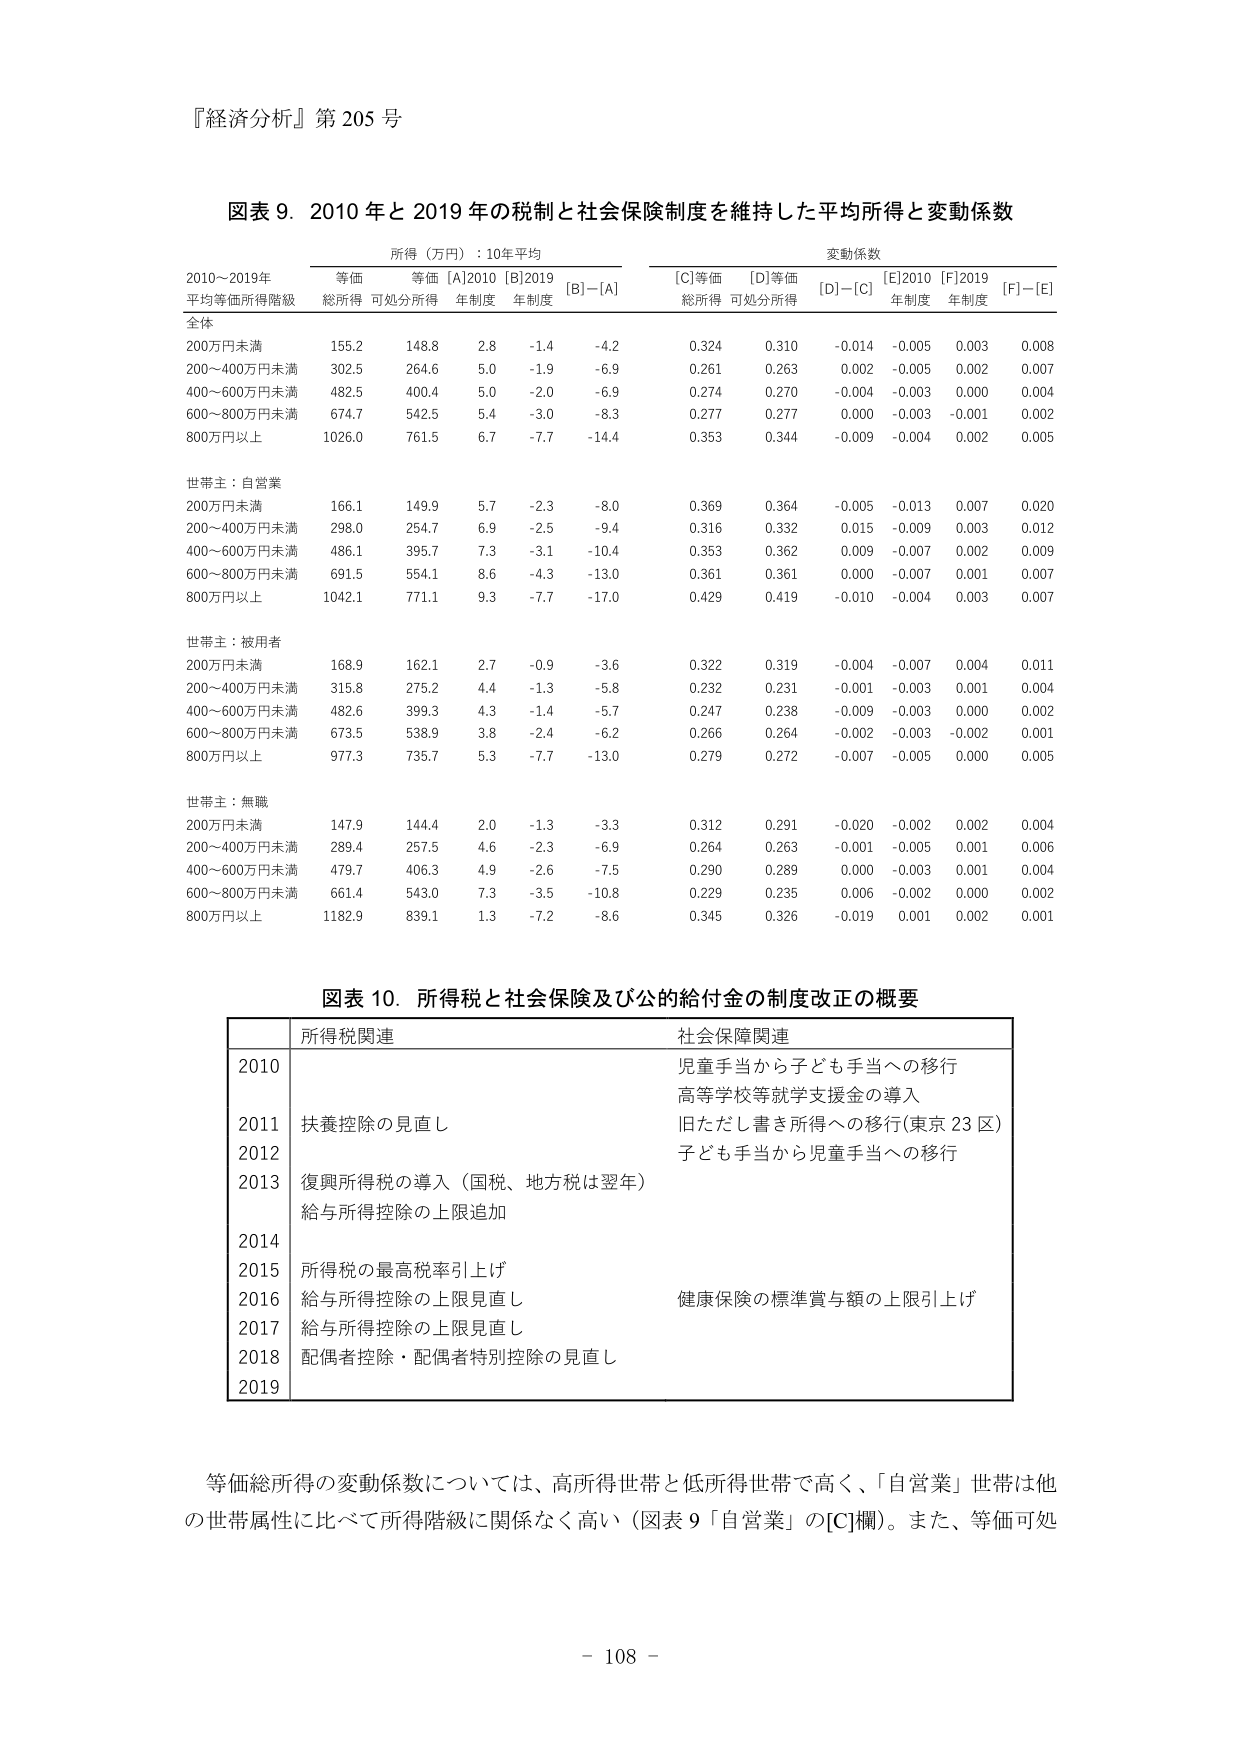
『経済分析』第205号

図表9．2010年と2019年の税制と社会保障制度を維持した平均所得と変動係数

所得（万円）：10年平均　　　　　　　　　　　　　　　変動係数
2010～2019年　　　　　　　　　　　　　　　　　　　　[C]等価　　　[D]等価　　　[D]－[C]　[E]2010　[F]2019　[F]－[E]
平均等価所得階級　　　等価　　　等価　[A]2010　[B]2019　[B]－[A]　　　総所得　　　可処分所得　　　　　年制度　　年制度
　　　　　　　　　　　総所得　可処分所得